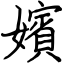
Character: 嬪